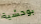
بوحشية